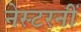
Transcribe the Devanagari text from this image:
नेस्टरनीं